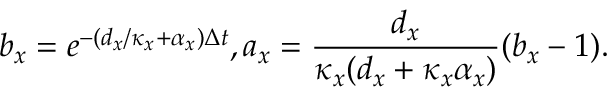
b _ { x } = e ^ { - ( d _ { x } / \kappa _ { x } + \alpha _ { x } ) \Delta t } , a _ { x } = \frac { d _ { x } } { \kappa _ { x } ( d _ { x } + \kappa _ { x } \alpha _ { x } ) } ( b _ { x } - 1 ) .